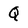
Character: Q